Scientific memoirs by medical officers of the Army of India - Part IV,
Year: 1889
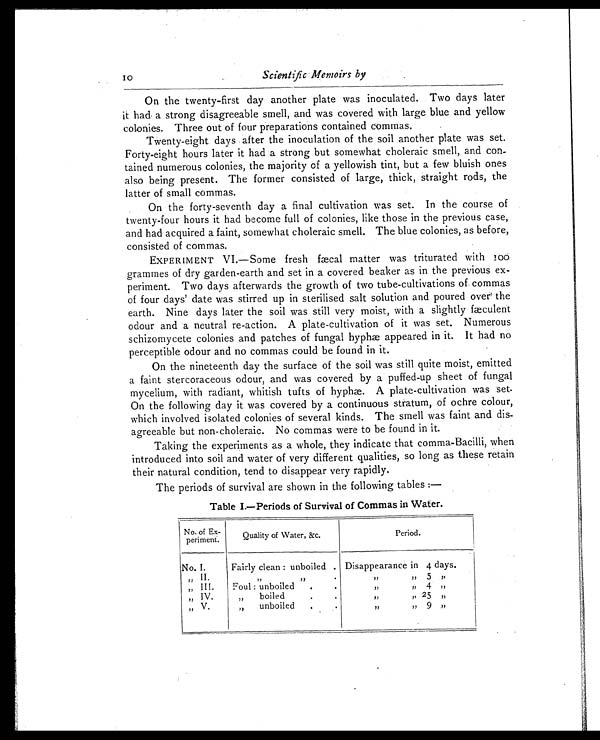
Scientific Memoirs by
On the twenty-first day another plate was inoculated. Two days later
it had a strong disagreeable smell, and was covered with large blue and yellow
colonies. Three out of four preparations contained commas.
'Twenty-eight days after the inoculation of the soil another plate was set.
Forty-eight hours later it had a strong but somewhat choleraic smell, and con-
tained numerous colonies, the majority of a yellowish tint, but a few bluish ones
also being present. The former consisted of large, thick, straight rods, the
latter of small commas.
On the forty-seventh day a final cultivation was set. In the course of
twenty-four hours it had become full of colonies, like those in the previous case,
and had acquired a faint, somewhat choleraic smell. The blue colonies, as before,
consisted of commas.
EXPERIMENT VI.—Some fresh fæcal matter was triturated with 100
grammes of dry garden-earth and set in a covered beaker as in the previous ex-
periment. Two days afterwards the growth of two tube-cultivations of commas
of four days' date was stirred up in sterilised salt solution and poured over the
earth. Nine days later the soil was still very moist, with a slightly fæculent
odour and a neutral re-action. A plate-cultivation of it was set. Numerous
schizomycete colonies and patches of fungal hyphæ appeared in it. It had no
perceptible odour and no commas could be found in it.
On the nineteenth day the surface of the soil was still quite moist, emitted
a faint stercoraceous odour, and was covered by a puffed-up sheet of fungal
mycelium, with radiant, whitish tufts of hyph. A plate-cultivation was set.
On the following day it was covered by a continuous stratum, of ochre colour,
which involved isolated colonies of several kinds. The smell was faint and dis-
agreeable but non-choleraic. No commas were to be found in it.
Taking the experiments as a whole, they indicate that comma-Bacilli, when
introduced into soil and water of very different qualities, so long as these retain
their natural condition, tend to disappear very rapidly.
The periods of survival are shown in the following tables :
—
Table I.—Periods of Survival of Commas in Water.
No. of Ex-
periment.
Quality of Water, &c.
Period.
No. I.
Fairly clean : unboiled . Disappearance in 4 days.
„ II.
, ,
, ,
.
, ,
,,
5 ,,
„ III.
Foul : unboiled
.
.
, ,
,,
4 ,,
„
„
IV.
V.
„
boiled
„
unboiled
.
, ,
, ,
,,
2 5
9
,,
10